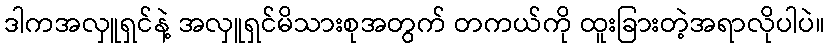
ဒါကအလှူရှင်နဲ့ အလှူရှင်မိသားစုအတွက် တကယ်ကို ထူးခြားတဲ့အရာလိုပါပဲ။